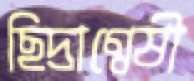
ছিদ্রাণ্বেষী